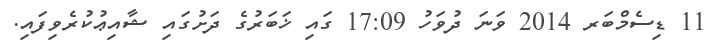
11 ޑިސެމްބަރ 2014 ވަނަ ދުވަހު 17:09 ގައި ޚަބަރުގެ ދަށުގައި ޝާއިޢުކުރެވިފައި.